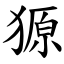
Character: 獂